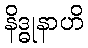
နိဒ္ဓုနာဟိ